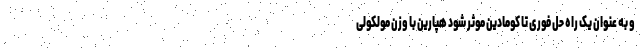
و به عنوان یک راه حل فوری تا کومادین موثر شود هپارین با وزن مولکولی